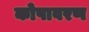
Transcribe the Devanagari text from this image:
कोषावरण